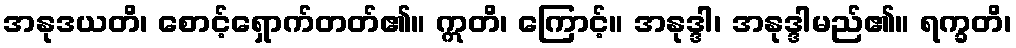
အနုဒယတိ၊ စောင့်ရှောက်တတ်၏။ ဣတိ၊ ကြောင့်။ အနုဒ္ဒါ၊ အနုဒ္ဒါမည်၏။ ရက္ခတိ၊